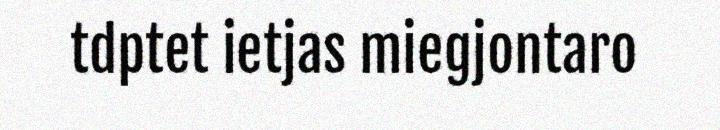
tdptet ietjas miegjontaro